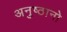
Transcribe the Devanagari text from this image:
अनुष्ठानो